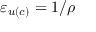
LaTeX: \varepsilon _ { u ( c ) } = 1 / \rho